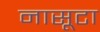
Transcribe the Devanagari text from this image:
नासूटा